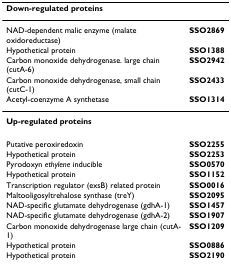
| Down-regulated proteins |  |
 | --- | --- |
 | NAD-dependent malic enzyme (malate oxidoreductase) | SSO2869 |
 | Hypothetical protein | SSO1388 |
 | Carbon monoxide dehydrogenase. large chain (cutA-6) | SSO2942 |
 | Carbon monoxide dehydrogenase, small chain (cutC-1) | SSO2433 |
 | Acetyl-coenzyme A synthetase | SSO1314 |
 | Up-regulated proteins |  |
 | Putative peroxiredoxin | SSO2255 |
 | Hypothetical protein | SSO2253 |
 | Pyrodoxyn ethylene inducible | SSO0570 |
 | Hypothetical protein | SSO1152 |
 | Transcription regulator (exsB) related protein | SSO0016 |
 | Maltooligosyltrehalose synthase (treY) | SSO2095 |
 | NAD-specific glutamate dehydrogenase (gdhA-1) | SSO1457 |
 | NAD-specific glutamate dehydrogenase (gdhA-2) | SSO1907 |
 | Carbon monoxide dehydrogenase large chain (cutA-1) | SSO1209 |
 | Hypothetical protein | SSO0886 |
 | Hypothetical protein | SSO2190 |